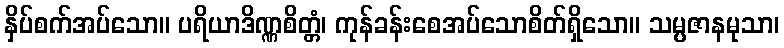
နှိပ်စက်အပ်သော။ ပရိယာဒိဏ္ဏစိတ္တံ၊ ကုန်ခန်းစေအပ်သောစိတ်ရှိသော။ သမ္ပဇာနမုသာ၊